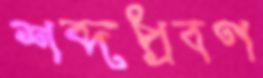
শব্দপ্রবণ